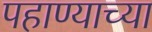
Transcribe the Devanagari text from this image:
पहाण्याच्या